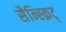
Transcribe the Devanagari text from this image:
सैन्स्क्रिट्